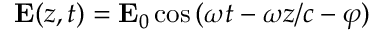
\mathbf { E } ( z , t ) = \mathbf { E } _ { 0 } \cos { ( \omega t - \omega z / c - \varphi ) }